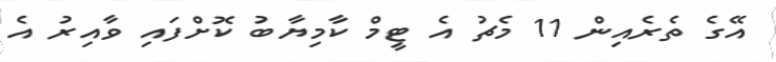
އޭގެ ތެރެއިން 11 މެޗު އެ ޓީމް ކާމިޔާބު ކޮށްފައި ވާއިރު އެ